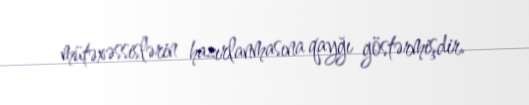
mütəxəssislərin hazırlanmasına qayğı göstərmişdir.